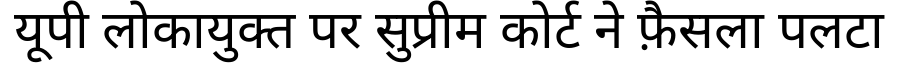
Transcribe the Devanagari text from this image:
यूपी लोकायुक्त पर सुप्रीम कोर्ट ने फ़ैसला पलटा